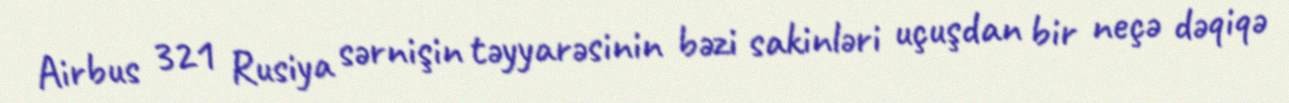
Airbus 321 Rusiya sərnişin təyyarəsinin bəzi sakinləri uçuşdan bir neçə dəqiqə